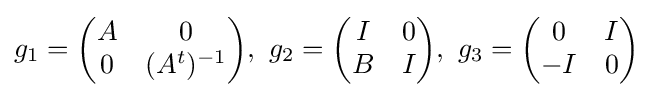
g_{1}={\begin{pmatrix}A&0\\0&(A^{t})^{-1}\end{pmatrix}},\,\,g_{2}={\begin{pmatrix}I&0\\B&I\end{pmatrix}},\,\,g_{3}={\begin{pmatrix}0&I\\-I&0\end{pmatrix}}